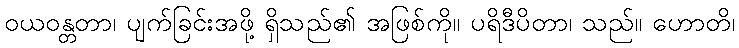
ဝယဝန္တတာ၊ ပျက်ခြင်းအဖို့ ရှိသည်၏ အဖြစ်ကို။ ပရိဒီပိတာ၊ သည်။ ဟောတိ၊